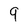
Character: 9